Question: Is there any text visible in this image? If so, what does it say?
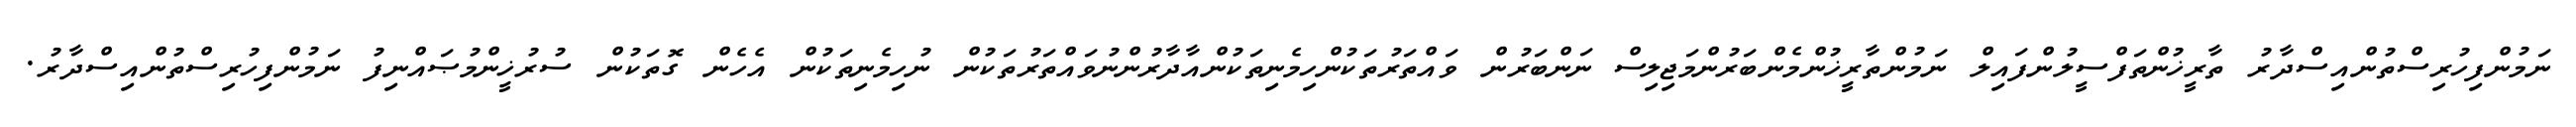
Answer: ނަމުންފިހުރިސްތުންއިސްދާރު ތާރީޚުންތަފްސީލުންފައިލް ނަމުންތާރީޚުންމެންބަރުންމަޖިލިސް ނަންބަރުން ވައްތަރުތަކުންހިމެނިތަކުންއާދާރުންނުވައްތަރުތަކުން ނުހިމެނިތަކުން އެހެން ގޮތަކުން ސުރުޚީންމުޞައްނިފު ނަމުންފިހުރިސްތުންއިސްދާރު.